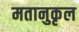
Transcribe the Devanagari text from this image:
मतानुकृल